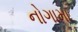
નોગામા